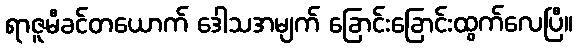
ရာဇူမီခင်တယောက် ဒေါသအမျက် ခြောင်းခြောင်းထွက်လေပြီ။